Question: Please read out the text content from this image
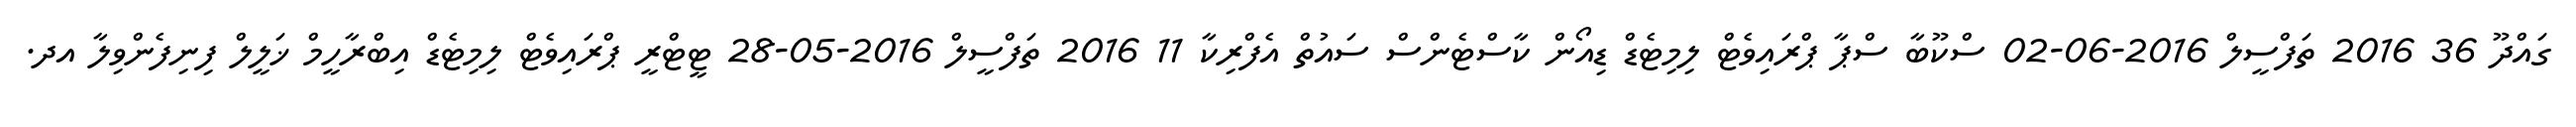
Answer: ގައްދޫ 36 2016 ތަފްސީލް 2016-06-02 ސްކޫބާ ސްޕާ ޕްރައިވެޓް ލިމިޓެޑް ޑިއޯން ކާސްޓެންސް ސައުތް އެފްރިކާ 11 2016 ތަފްސީލް 2016-05-28 ޓީޓްރީ ޕްރައިވެޓް ލިމިޓެޑް އިބްރާހީމް ޚަލީލް ފިނިފެންވިލާ އދ.